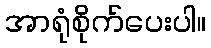
အာရုံစိုက်ပေးပါ။